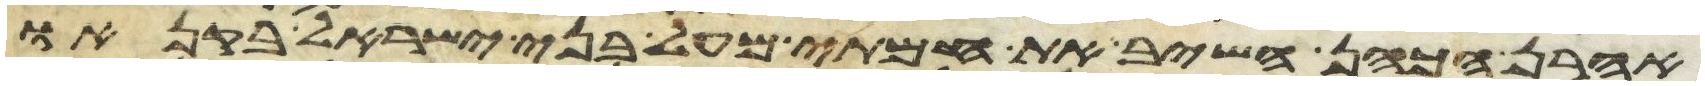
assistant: אהרן הכהן השיב את חמתי מעל בני ישראל בקנאו